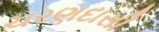
ચરણદાસી